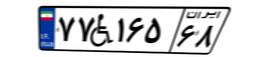
۷۷W۱۶۵۶۸